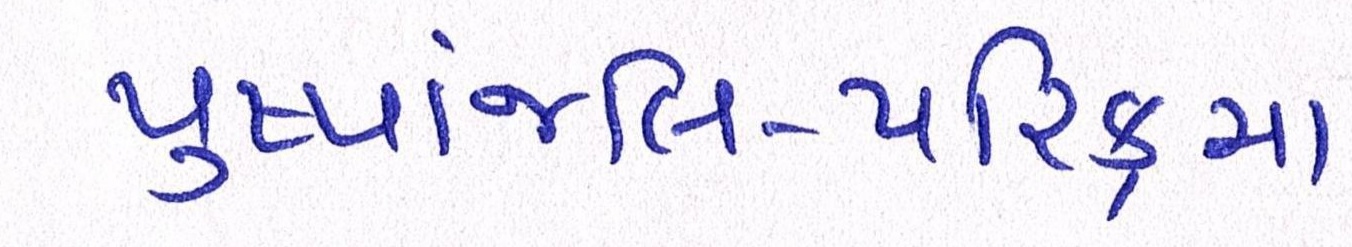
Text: પુષ્પાંજલિ-પરિક્રમા